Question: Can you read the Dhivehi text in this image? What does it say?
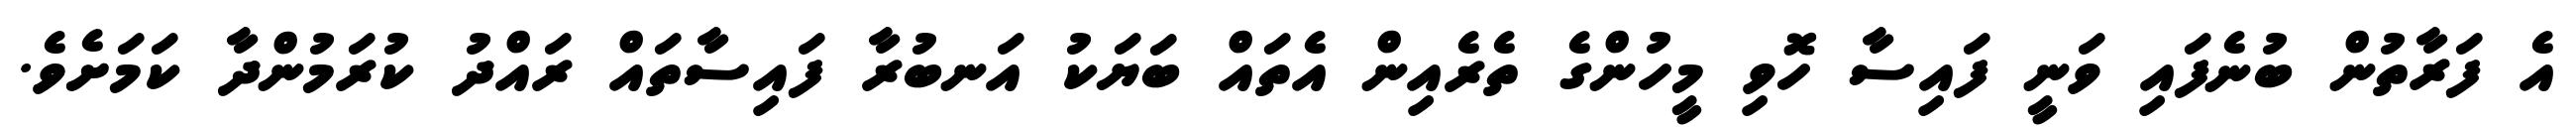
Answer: އެ ފަރާތުން ބުނެފައި ވަނީ ފައިސާ ހޮވި މީހުންގެ ތެރެއިން އެތައް ބަޔަކު އަނބުރާ ފައިސާތައް ރައްދު ކުރަމުންދާ ކަމަށެވެ.